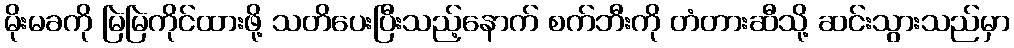
မိုးမခကို မြဲမြဲကိုင်ထားဖို့ သတိပေးပြီးသည့်နောက် စက်ဘီးကို တံတားဆီသို့ ဆင်းသွားသည်မှာ